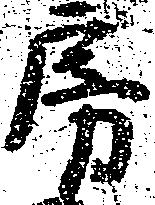
房